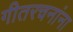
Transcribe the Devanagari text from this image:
गीतरचनांना